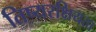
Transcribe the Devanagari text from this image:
तिष्यरक्षियता